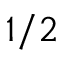
1 / 2